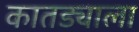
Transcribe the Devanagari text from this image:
कातड्याला